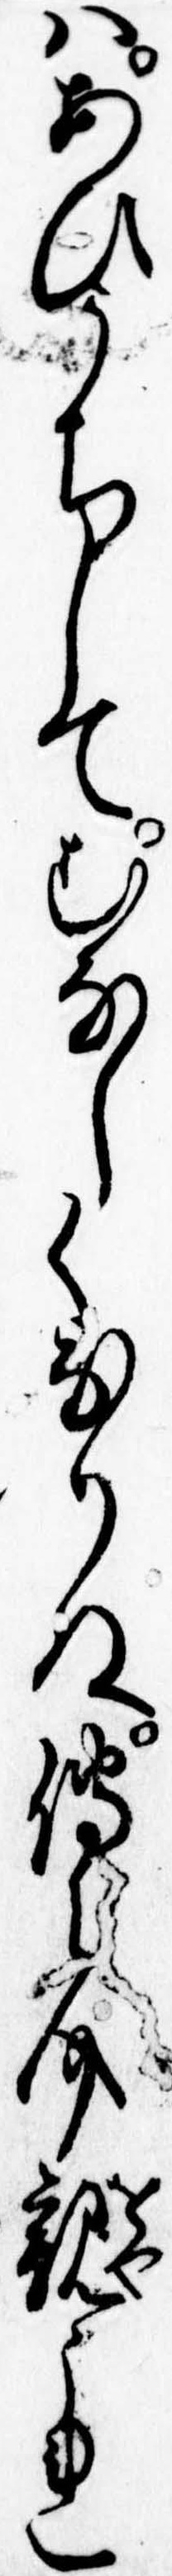
はあひうちしてむなしくなりぬ伝之介親これ